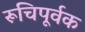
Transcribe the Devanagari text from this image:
रूचिपूर्वक